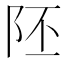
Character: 𨸹